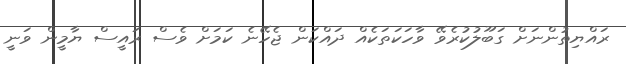
ރައްޔިތުންނަށް ގަބޫލުކުރެވޭ ވާހަކަތަކެއް ދައްކަން ޖެހޭނެ ކަމަށް ވެސް ރައީސް ޔާމީން ވަނީ